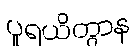
ပူရယိတွာန